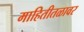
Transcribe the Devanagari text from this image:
माहितीतळावर